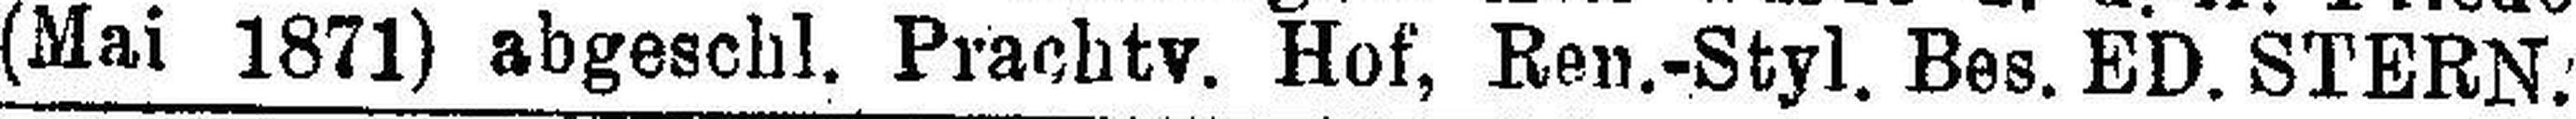
(Mai 1871) abgeschl. Prachtv. Hof, Ren.-Styl. Bes. ED. STERN.